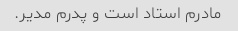
مادرم استاد است و پدرم مدیر.